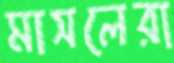
মাসলেরা